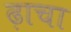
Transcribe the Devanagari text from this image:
ढ़ाचा